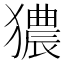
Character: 㺜